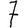
Digit: 7